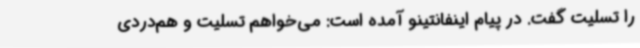
را تسلیت گفت. در پیام اینفانتینو آمده است: می‌خواهم تسلیت و هم‌دردی